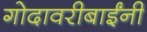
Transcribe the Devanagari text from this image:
गोदावरीबाईंनी